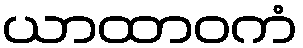
ယာထာဝကံ